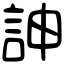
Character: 訷